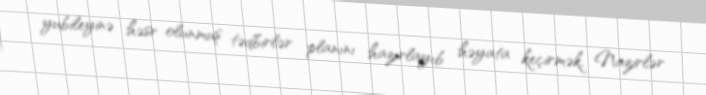
yubileyinə həsr olunmuş tədbirlər planını hazırlayıb həyata keçirmək, Nazirlər